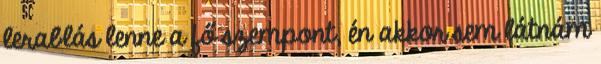
lerablás lenne a fő szempont, én akkor sem látnám